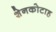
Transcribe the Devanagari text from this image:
शेनकोटाह